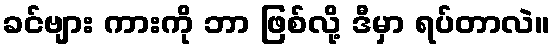
ခင်ဗျား ကားကို ဘာ ဖြစ်လို့ ဒီမှာ ရပ်တာလဲ။